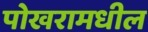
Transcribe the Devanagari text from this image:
पोखरामधील